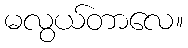
မလွယ်တာလေ။